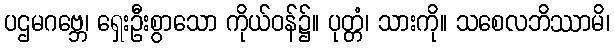
ပဌမဂဗ္ဘေ၊ ရှေးဦးစွာသော ကိုယ်ဝန်၌။ ပုတ္တံ၊ သားကို။ သစေလဘိဿာမိ၊